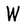
Character: W